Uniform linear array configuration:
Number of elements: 32
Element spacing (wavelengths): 0.75
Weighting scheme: hamming
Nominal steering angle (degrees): -60
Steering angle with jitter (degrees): -59.174
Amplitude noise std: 0.05
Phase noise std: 0.05

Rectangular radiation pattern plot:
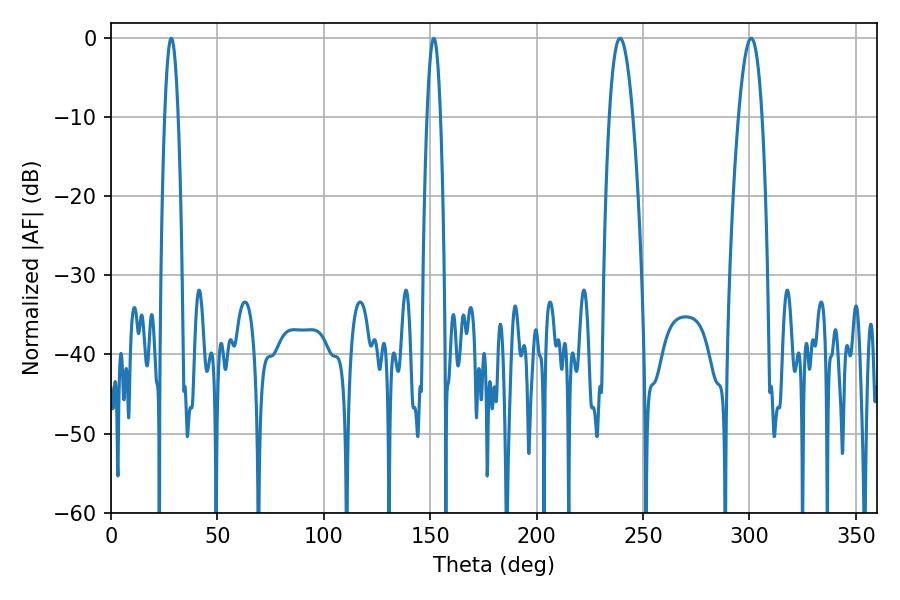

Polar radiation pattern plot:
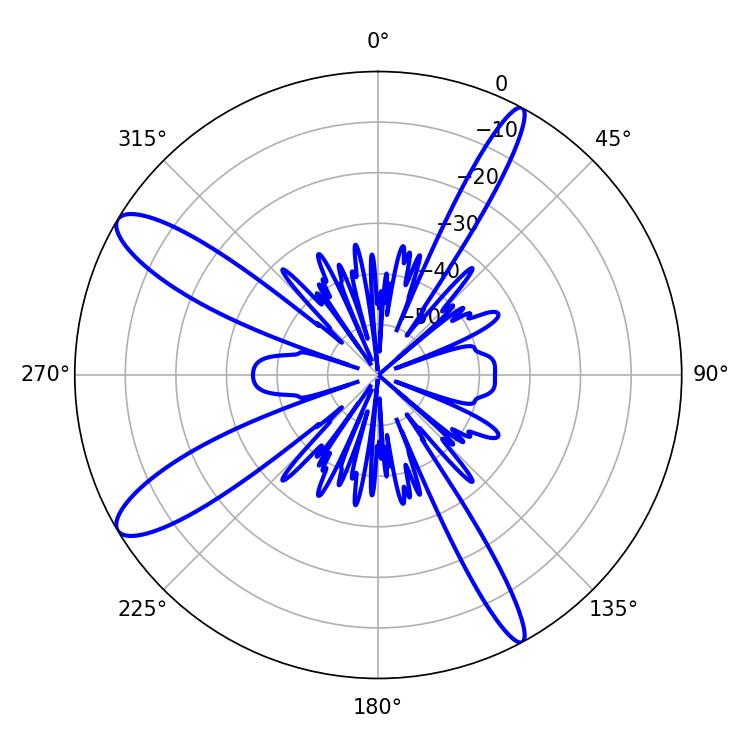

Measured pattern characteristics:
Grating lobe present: TRUE
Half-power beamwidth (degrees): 5.94
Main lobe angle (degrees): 239.22